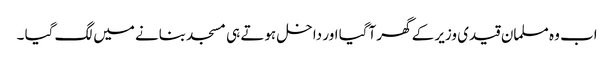
اب وہ مسلمان قیدی وزیر کے گھر آگیا اور داخل ہوتے ہی مسجد بنانے میں لگ گیا ۔